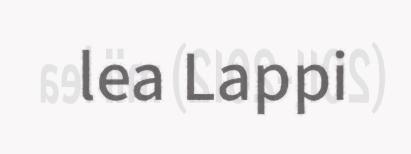
lea Lappi